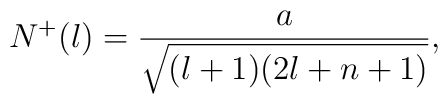
N^{+}(l) = \frac{a}{\sqrt{(l+1)(2l+n+1)}} ,